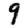
Digit: 9